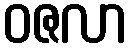
ဝဇလာ